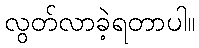
လွတ်လာခဲ့ရတာပါ။